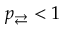
p _ { \rightleftarrows } < 1